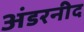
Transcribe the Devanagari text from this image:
अंडरनीद